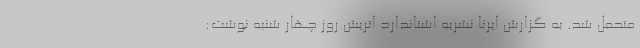
متحمل ‌شد. به گزارش ایرنا نشریه اشتاندارد اتریش روز چهار شنبه نوشت: